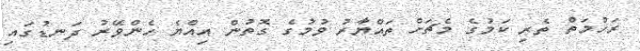
ރަހުމަތް ތެރި ކަމުގެ މެޗަށް ތައްޔާރު ވުމުގެ ގޮތުން އިއްޔެ ހެންވޭރު ދަނޑުގައި